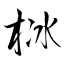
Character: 栤